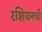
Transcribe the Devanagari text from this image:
रशियनची